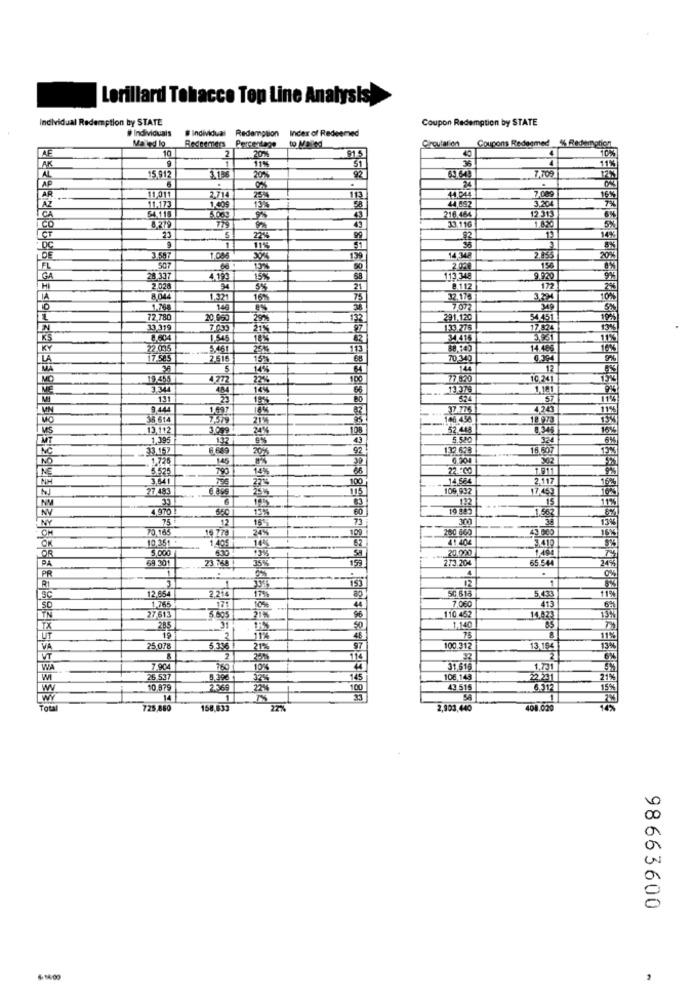
Lorillard Tobacco Top Line Analysis)
Individual Redemption by STATE
Coupon Redemption by STATE
# Individuais
# individual
Redemption
Index of Redeemed
Maled lo
Circulation
Coupons Redeemed % Rechen
AF
10
2
20%
11%
51
AL
15.912
6
20%
92
24
7,709
7.009
11.175
1.409
2.714
113
58
44.044
3.204
44,692
1.5 313
54.15
3.000
21.464
8279
79
43
33.116
CT
23
5
DC
11%
DE
1.08
139
14,348
307
13%
28.337
4 199
15%
113.348
12112
172
8.044
1.321
32.176
1.768
145
7/072
72,780
20.950
291.120
54451
13.319
31
17624
1.545
22 015
25%
2.616
15%
70.340
5
12
100
77.820
10.241
484
14%
13 379
1.181
571
9444
37.77
4243
36 614
18 973
13.112
24%
32.448
1,995
132
5.580
8689
20%
132.628
9726
5.575
14%
22.00
3.841
27%
100
27/483
2515
109,992
122
13%
60
75
12
300
PO. 143
16 778
245
10,35 *
1 405
5.000
145
3410
69 301
23.758
630
159
273.204
20,000
65.544
PR
153
12
1
12.654
2.214
50 615
5.433
071
7.060
413
27.615
44
110 452
96
14.423
285
50
1.140
75
11%
25.078
5.2.16
212
100.312
13,194
114
32
2
WA
7.904
780
10%
31,616
1.731
WI
25 537
145
106,143
32221
10.879
2.569
2%
100
43,515
6.317
15%
14
1
SA
1
Total
725,860
158,633
2,903,440
408.020
98663600
$14:00